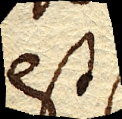
est